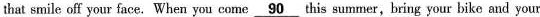
that smile off your face. When you come \underline{90} this summer,bring your bike and your